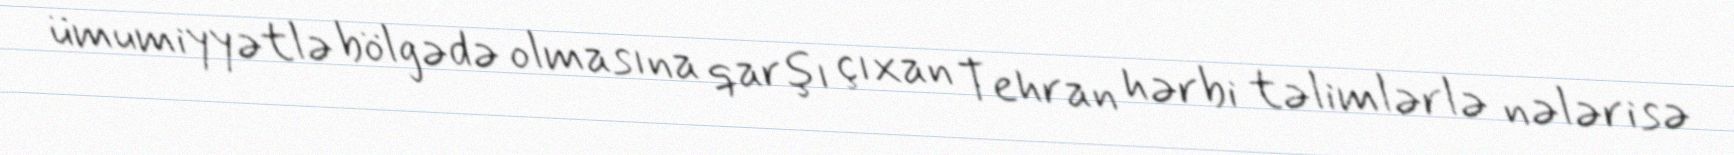
ümumiyyətlə bölgədə olmasına qarşı çıxan Tehran hərbi təlimlərlə nələrisə